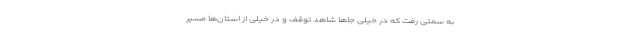
به سمتی رفت که در خیلی جا‌ها شاهد توقف و در خیلی از استان‌ها مسیر